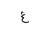
Letter: _gayn